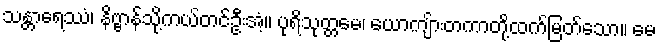
သန္တာရေဿံ၊ နိဗ္ဗာန်သို့ကယ်တင်ဦးအံ့။ ပုရိသုတ္တမေ၊ ယောကျ်ားတကာတို့ထက်မြတ်သော။ မေ